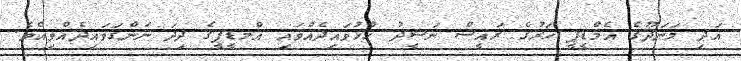
އަދި މަނަދޫގެ އެމްޑީޕީ ހަރުގެ ރައީސް ނަޝީދު ހުޅުވައިދެއްވައި އްމޑީޕީގެ ދިދަ ނަންގަވައިދެއްވިއެވެ.